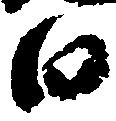
白